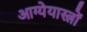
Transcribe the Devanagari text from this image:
आग्येयास्त्रों